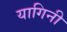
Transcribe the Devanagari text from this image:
यागिनी